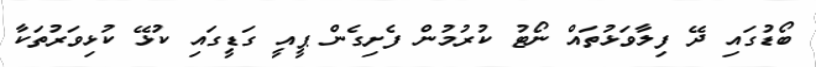
ބޯޑުގައި ދޭ ފިލާވަޅުތައް ނޯޓު ކުރުމުން ފެށިގެން ޕީއީ ގަޑީގައި ކުޅޭ ކުޅިވަރުތަކާ